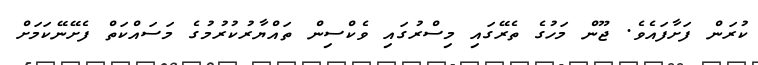
ކުރަން ފަށާފައެވެ. ޖޫން މަހުގެ ތެރޭގައި މިސްރުގައި ވެކްސިން ތައްޔާރުކުރުމުގެ މަސައްކަތް ފެށޭނޭކަމަށް